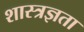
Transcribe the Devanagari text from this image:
शास्त्रज्ञता